Report of the Indian Hemp Drugs Commission, 1894-1895 - Volume IV
Year: 1894
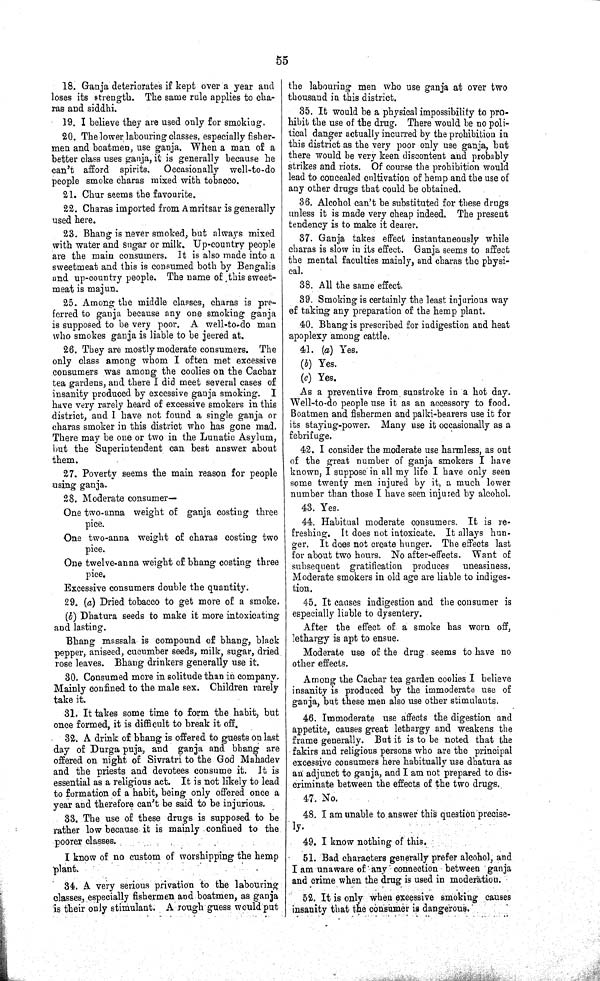
55
18. Ganja deteriorates if kept over a year and
loses its strength. The same rule applies to cha-
ras and siddhi.
19. I believe they are used only for smoking.
20. The lower labouring classes, especially fisher-
men and boatmen, use ganja. When a man of a
better class uses ganja, it is generally because he
can't afford spirits. Occasionally well-to-do
people smoke charas mixed with tobacco.
21. Chur seems the favourite.
22. Charas imported from Amritsar is generally
used here.
23. Bhang is never smoked, but always mixed
with water and sugar or milk. Up-country people
are the main consumers. It is also made into a
sweetmeat and this is consumed both by Bengalis
and up-country people. The name of this sweet-
meat is majun.
25. Among the middle classes, charas is pre-
ferred to ganja because any one smoking ganja
is supposed to be very poor. A well-to-do man
who smokes ganja is liable to be jeered at.
26. They are mostly moderate consumers. The
only class among whom I often met excessive
consumers was among the coolies on the Cachar
tea gardens, and there I did meet several cases of
insanity produced by excessive ganja smoking. I
have very rarely heard of excessive smokers in this
district, and I have not found a single ganja or
charas smoker in this district who has gone mad.
There may be one or two in the Lunatic Asylum,
but the Superintendent can best answer about
them.
27. Poverty seems the main reason for people
using ganja.
28. Moderate consumer—
One two-anna weight of ganja costing three
pice.
One two-anna weight of charas costing two
pice.
One twelve-anna weight of bhang costing three
pice.
Excessive consumers double the quantity.
29. (a) Dried tobacco to get more of a smoke.
(b) Dhatura seeds to make it more intoxicating
and lasting.
Bhang massala is compound of bhang, black
pepper, aniseed, cucumber seeds, milk, sugar, dried
rose leaves. Bhang drinkers generally use it.
30. Consumed more in solitude than in company.
Mainly confined to the male sex. Children rarely
take it.
31. It takes some time to form the habit, but
once formed, it is difficult to break it off.
32. A drink of bhang is offered to guests on last
day of Durga puja, and ganja and bhang are
offered on night of Sivratri to the God Mahadev
and the priests and devotees consume it. It is
essential as a religious act. It is not likely to lead
to formation of a habit, being only offered once a
year and therefore can't be said to be injurious.
33. The use of these drugs is supposed to be
rather low because it is mainly confined to the
poorer classes.
I know of no custom of worshipping the hemp
plant.
34. A very serious privation to the labouring
classes, especially fishermen and boatmen, as ganja
is their only stimulant. A rough guess would put
the labouring men who use ganja at over two
thousand in this district.
35. It would be a physical impossibility to pro-
hibit the use of the drug. There would be no poli-
tical danger actually incurred by the prohibition in
this district as the very poor only use ganja, but
there would be very keen discontent and probably
strikes and riots. Of course the prohibition would
lead to concealed cultivation of hemp and the use of
any other drugs that could be obtained.
36. Alcohol can't be substituted for these drugs
unless it is made very cheap indeed. The present
tendency is to make it dearer.
37. Ganja takes effect instantaneously while
charas is slow in its effect. Ganja seems to affect
the mental faculties mainly, and charas the physi-
cal.
38. All the same effect.
39. Smoking is certainly the least injurious way
of taking any preparation of the hemp plant.
40. Bhang is prescribed for indigestion and heat
apoplexy among cattle.
41. (a) Yes.
(b) Yes.
(c) Yes.
As a preventive from sunstroke in a hot day.
Well-to-do people use it as an accessory to food.
Boatmen and fishermen and palki-bearers use it for
its staying-power. Many use it occasionally as a
febrifuge.
42. I consider the moderate use harmless, as out
of the great number of ganja smokers I have
known, I suppose in all my life I have only seen
some twenty men injured by it, a much lower
number than those I have seen injured by alcohol.
43. Yes.
44. Habitual moderate consumers. It is re-
freshing. It does not intoxicate. It allays hun-
ger. It does not create hunger. The effects last
for about two hours. No after-effects. Want of
subsequent gratification produces uneasiness.
Moderate smokers in old age are liable to indiges-
tion.
45. It causes indigestion and the consumer is
especially liable to dysentery.
After the effect of a smoke has worn off,
lethargy is apt to ensue.
Moderate use of the drug seems to have no
other effects.
Among the Cachar tea garden coolies I believe
insanity is produced by the immoderate use of
ganja, but these men also use other stimulants.
46. Immoderate use affects the digestion and
appetite, causes great lethargy and weakens the
frame generally. But it is to be noted that the
fakirs and religious persons who are the principal
excessive consumers here habitually use dhatura as
an adjunct to ganja, and I am not prepared to dis-
criminate between the effects of the two drugs.
47. No.
48. I am unable to answer this question precise-
ly.
49. I know nothing of this.
51. Bad characters generally prefer alcohol, and
I am unaware of any connection between ganja
and crime when the drug is used in moderation.
52. It is only when excessive smoking causes
insanity that the consumer is dangerous.